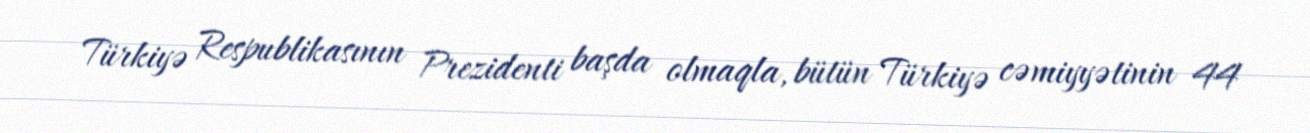
Türkiyə Respublikasının Prezidenti başda olmaqla, bütün Türkiyə cəmiyyətinin 44